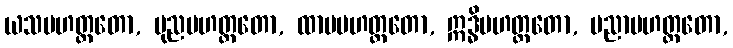
ယသမဟတ္တတော, ပုညမဟတ္တတော, ထာမမဟတ္တတော, ဣဒ္ဓိမဟတ္တတော, ပညာမဟတ္တတော,